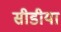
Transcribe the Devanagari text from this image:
सीडीया